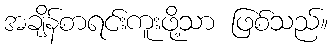
အချိန်စာရင်းကူးဖို့သာ ဖြစ်သည်။